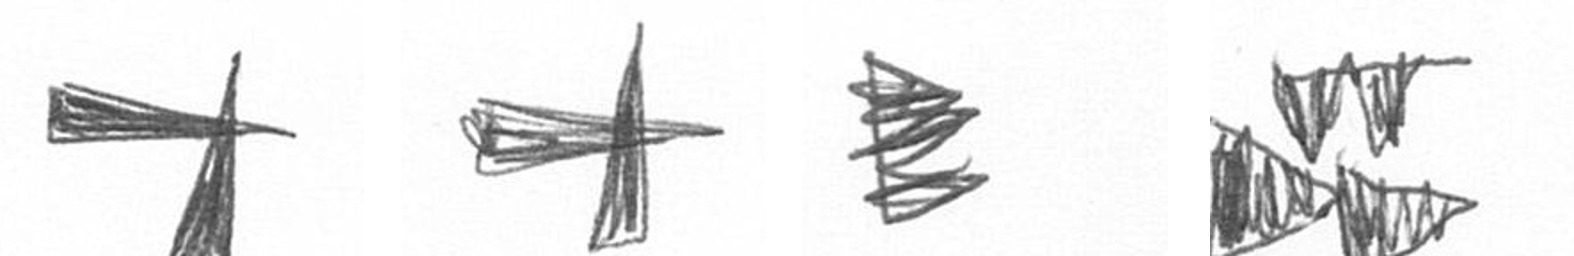
G G H B